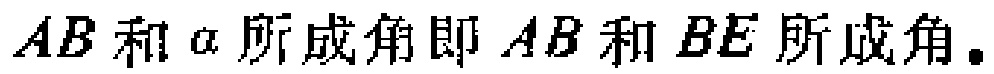
\(AB和\alpha所成角即AB和BE所成角。\)